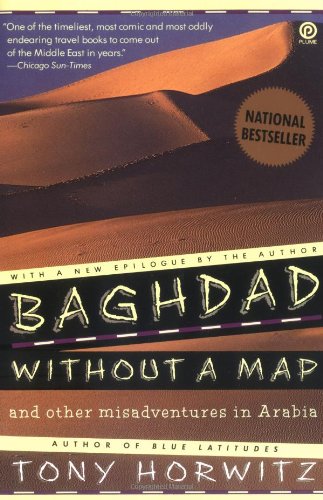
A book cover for Baghdad without a Map and Other Misadventures in Arabia; Tony Horwitz; Travel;